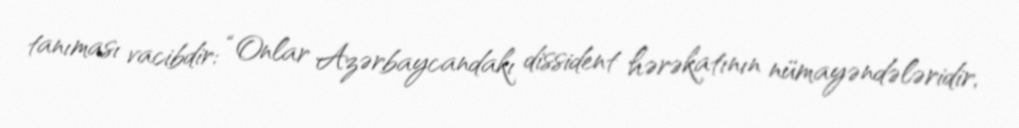
tanıması vacibdir: “Onlar Azərbaycandakı dissident hərəkatının nümayəndələridir,